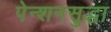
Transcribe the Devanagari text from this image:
पेन्शनसुद्धा